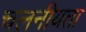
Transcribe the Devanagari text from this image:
चलनीयता